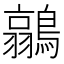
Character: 𮭐